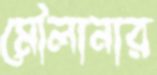
মৌলানার